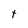
Character: t